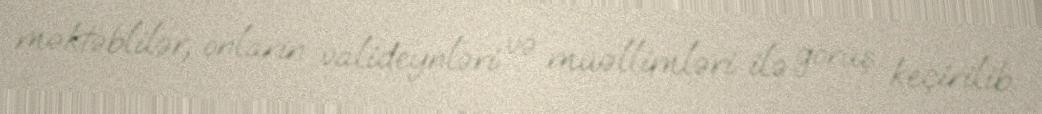
məktəblilər, onların valideynləri və müəllimləri ilə görüş keçirilib.